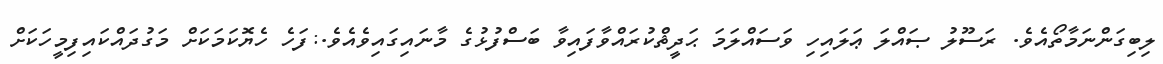
ލިބިގަންނަމާތޯއެވެ. ރަސޫލު ޞައްލަ ޢަލައިހި ވަސައްލަމަ ޙަދީޘްކުރައްވާފައިވާ ބަސްފުޅުގެ މާނައިގައިވެއެވެ.:ފަހެ ހެޔޮކަމަކަށް މަގުދައްކައިފިމީހަކަށް